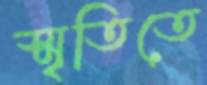
স্মৃতিতে